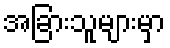
အခြားသူများမှာ